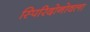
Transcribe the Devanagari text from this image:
स्पिरिदोनोवला